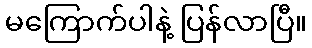
မကြောက်ပါနဲ့ ပြန်လာပြီ။